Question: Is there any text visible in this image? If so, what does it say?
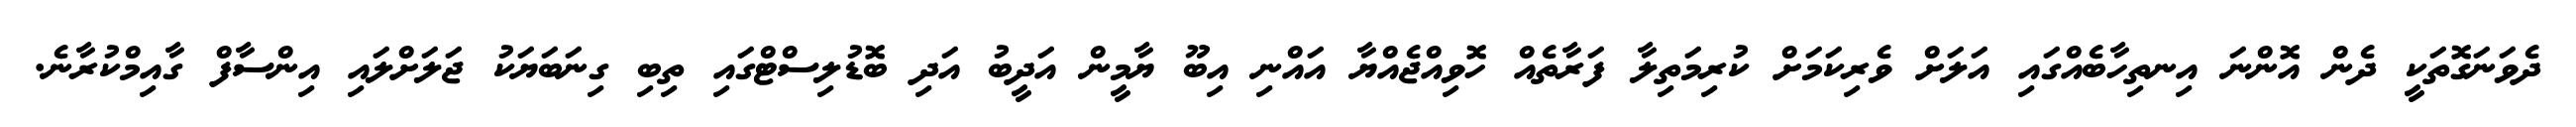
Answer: ދެވަނަގޮތަކީ ދެން އޮންނަ އިނތިހާބެއްގައި އަލަށް ވެރިކަމަށް ކުރިމަތިލާ ފަރާތެއް ހޮވިއްޖެއްޔާ އައްނި އިބޫ ޔާމީން އަދީބު އަދި ބޮޑުލިސްޓްގައި ތިބި ގިނަބަޔަކު ޖަލަށްލައި އިންސާފް ގާއިމްކުރާނެ.